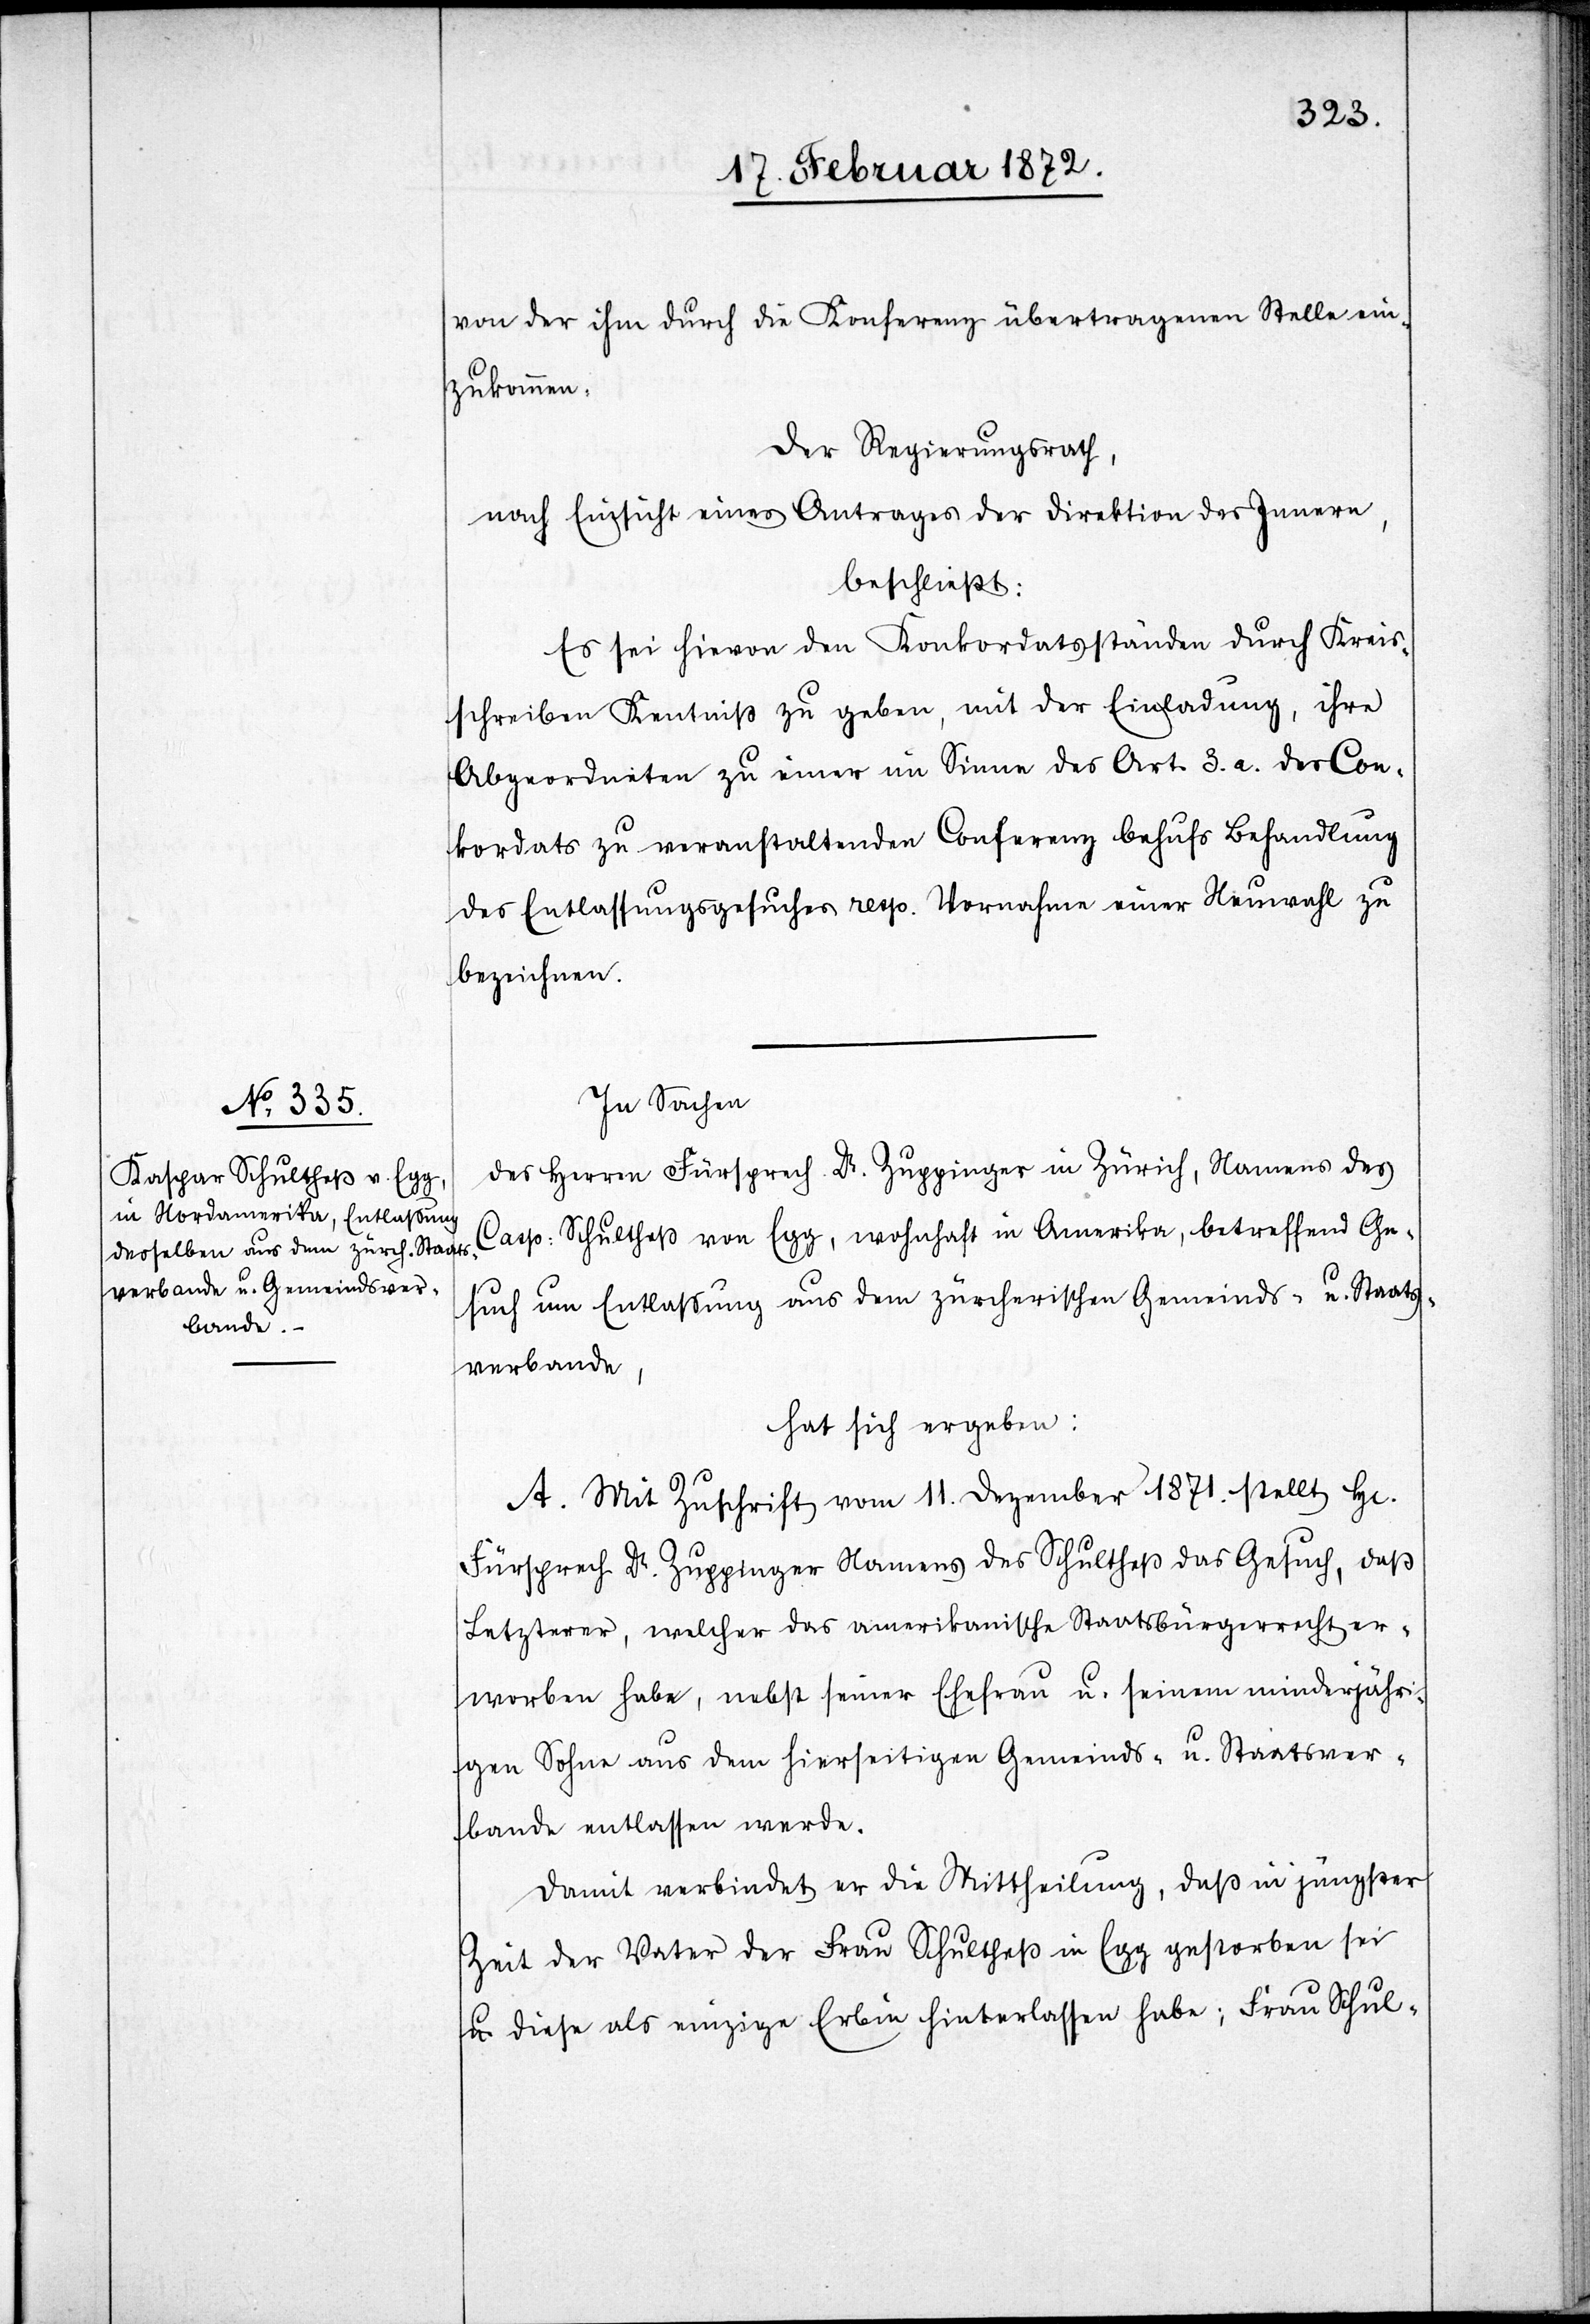
von der ihm durch die Konferenz übertragenen Stelle ein¬
zukommen.
Der Regierungsrath,
nach Einsicht eines Antrages der Direktion des Innern,
beschließt:
Es sei hievon den Konkordatsständen durch Kreis¬
schreiben Kenntniß zu geben, mit der Einladung, ihre
Abgeordneten zu einer im Sinne des Art 3.a. des Con¬
kordats zu veranstaltenden Conferenz behufs Behandlung
des Entlassungsgesuches resp. Vornahme einer Neuwahl zu
bezeichnen.
In Sachen
des Herren Fürsprech Dr. Zuppinger in Zürich, Namens des
Casp. Schultheß von Egg, wohnhaft in Amerika, betreffend Ge¬
such um Entlassung aus dem zürcherischen Gemeinds- u. Staats¬
verbande,
hat sich ergeben:
A. Mit Zuschrift vom 11. Dezember 1871. stellt Hr.
Fürsprech Dr. Zuppinger Namens des Schultheß das Gesuch, daß
Letzterer, welcher das amerikanische Staatsbürgerrecht er¬
worben habe, nebst seiner Ehefrau u. seinem minderjähri¬
gen Sohne aus dem hierseitigen Gemeinds- u Staatsver¬
bande entlassen werde.
Damit verbindet er die Mittheilung, daß in jüngster
Zeit der Vater der Frau Schultheß in Egg gestorben sei
u. diese als einzige Erbin hinterlassen habe; Frau Schul-